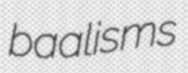
baalisms